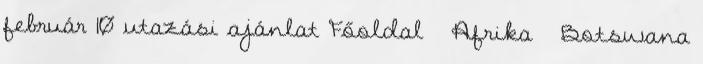
február 10 utazási ajánlat Főoldal › Afrika › Botswana